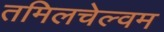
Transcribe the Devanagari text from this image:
तमिलचेल्वम